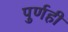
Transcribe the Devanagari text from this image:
पुर्णही